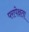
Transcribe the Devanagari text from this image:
परापेक्षता